65_HS1-834228961_62-HQ-83894_Section_8
Agency: FBI
Page 158
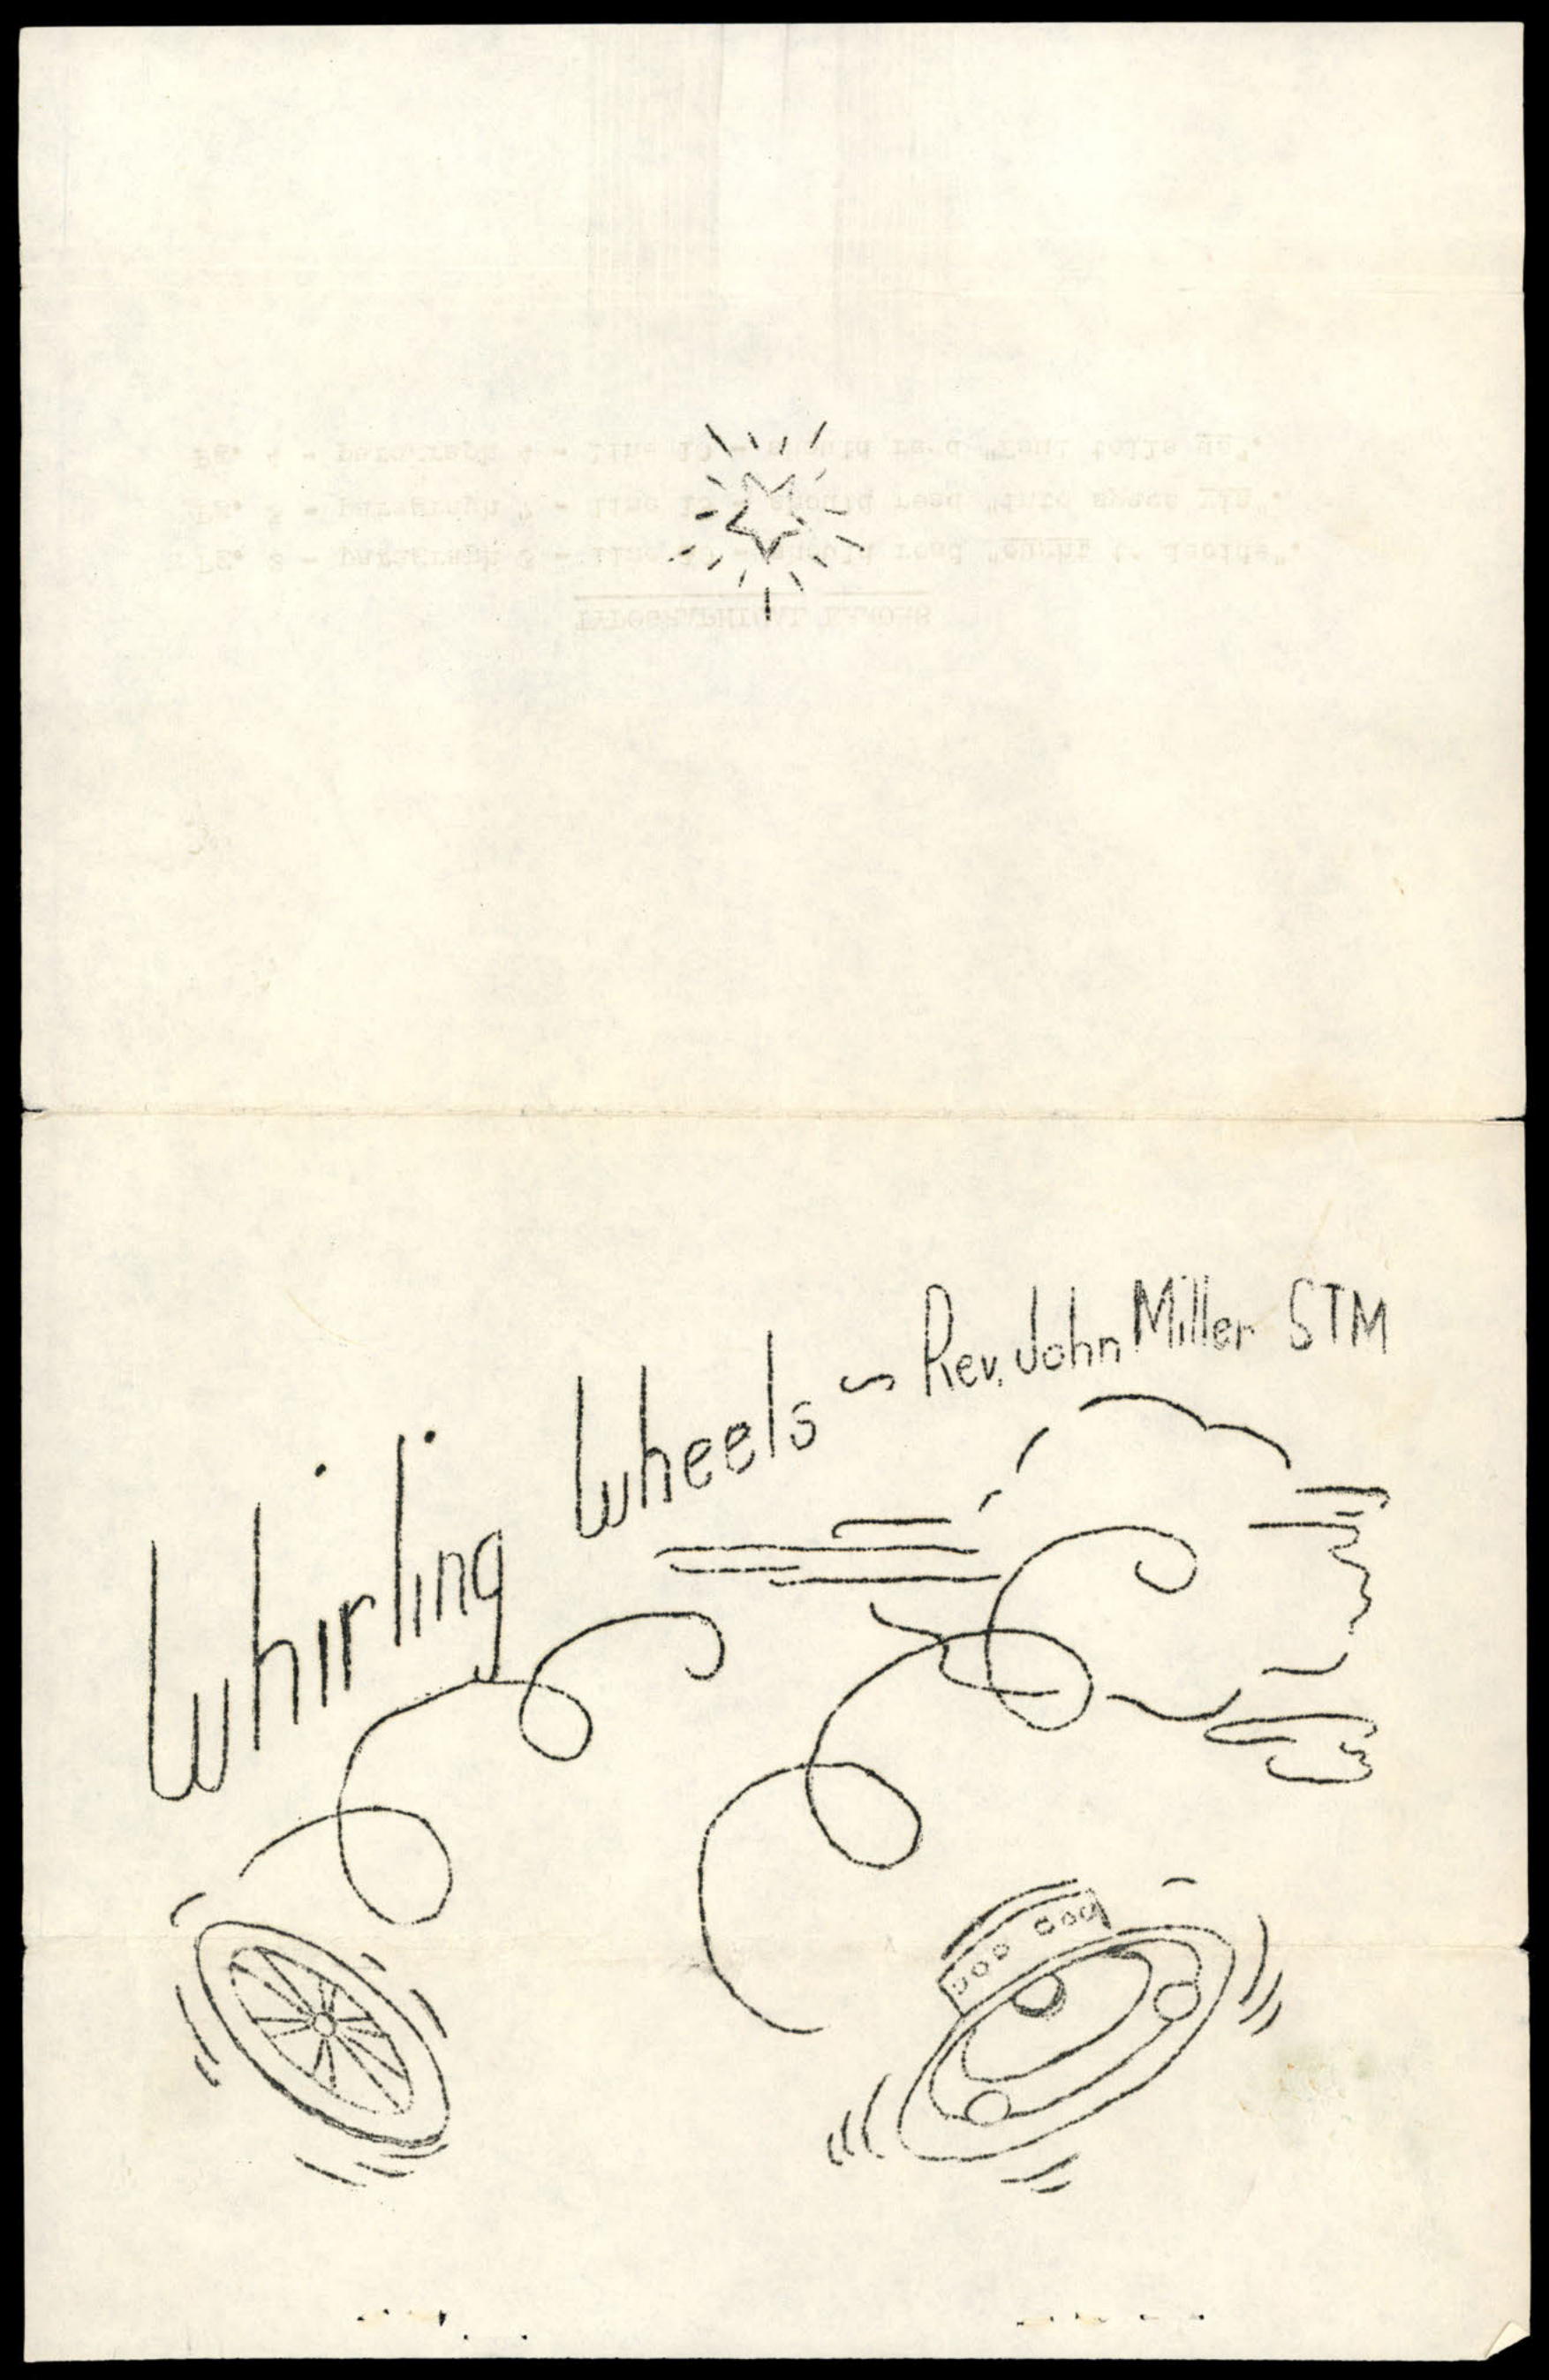